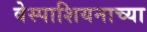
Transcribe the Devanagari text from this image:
वेस्पाशियनाच्या